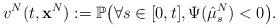
LaTeX: \begin{align*}v^N(t,\mathbf{x}^N) &:= \mathbb{P} \bigl( \forall s \in [0,t], \Psi (\hat{\mu}_s^N) <0 \bigr).\end{align*}